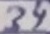
Text: 35